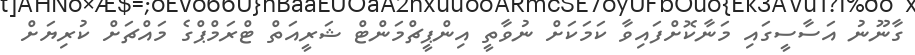
ގާނޫނު އަސާސީގައި މަނާކޮށްފައިވާ ކަމަކަށް ނުވާތީ އިންޕީޗްމަންޓް ޝަރީއަތް ޓްރަމްޕްގެ މައްޗަށް ކުރިޔަށް